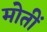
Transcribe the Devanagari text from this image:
मोतीं